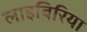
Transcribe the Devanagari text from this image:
लाइबिरिया